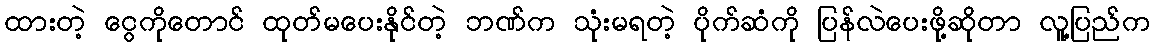
ထားတဲ့ ငွေကိုတောင် ထုတ်မပေးနိုင်တဲ့ ဘဏ်က သုံးမရတဲ့ ပိုက်ဆံကို ပြန်လဲပေးဖို့ဆိုတာ လူ့ပြည်က